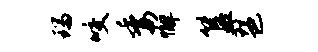
瑞咬委懈簋琶